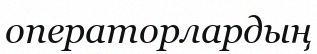
операторлардың